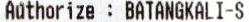
AUTHORIZE : BATANGKALI-S